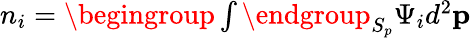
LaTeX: n_{i}=\begingroup\textstyle\int\endgroup_{S_{p}}\Psi_{i}d^{2}\mathbf{p}